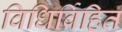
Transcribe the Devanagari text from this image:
विधिर्विहित